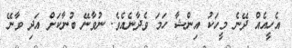
އެހީއެއް ދޭނެ މީހަކު އިންޝާ ހަމަ ވެދާނެއެވެ. ނުވާނޭ ބުނާކަށް އަދި ވާނޭ